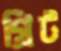
গ্রিট